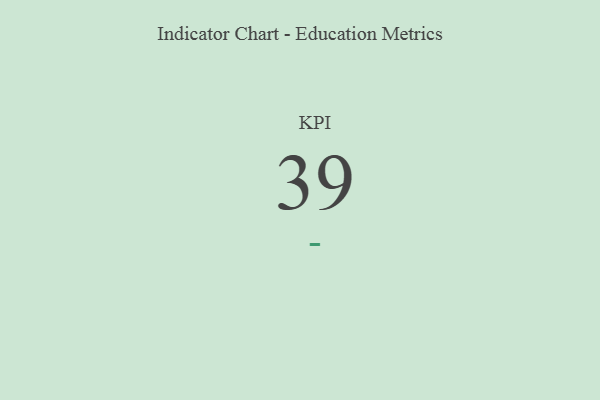
{"axis": {"x": "KPI", "y": "Value"}, "legend": [""], "data": [{"x": "KPI", "y": 39, "type": ""}]}